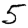
Digit: 5